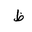
Letter: _za